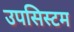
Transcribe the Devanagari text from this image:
उपसिस्टम